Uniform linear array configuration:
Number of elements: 48
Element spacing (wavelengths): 0.25
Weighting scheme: exponential
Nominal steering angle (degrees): -30
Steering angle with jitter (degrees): -28.43
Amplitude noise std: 0.05
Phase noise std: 0.05

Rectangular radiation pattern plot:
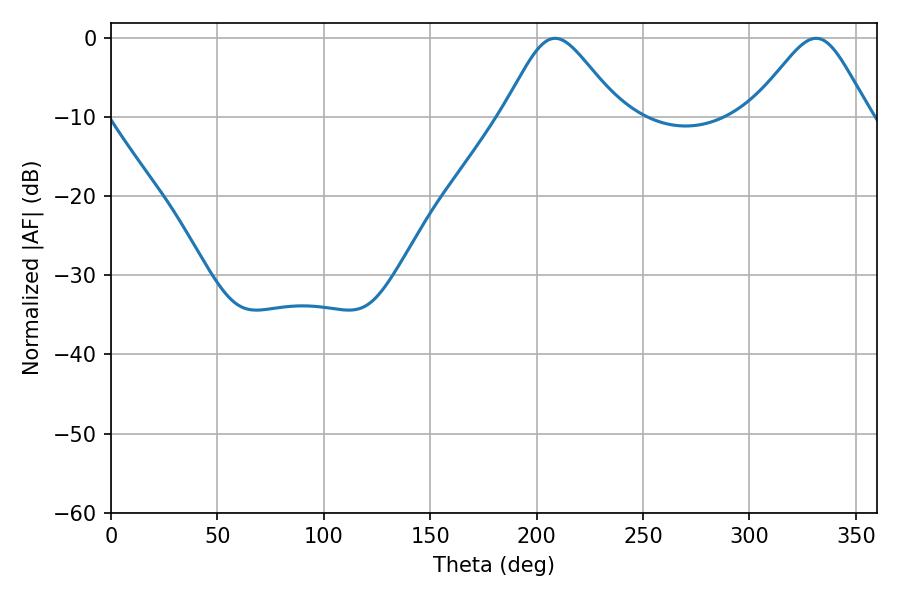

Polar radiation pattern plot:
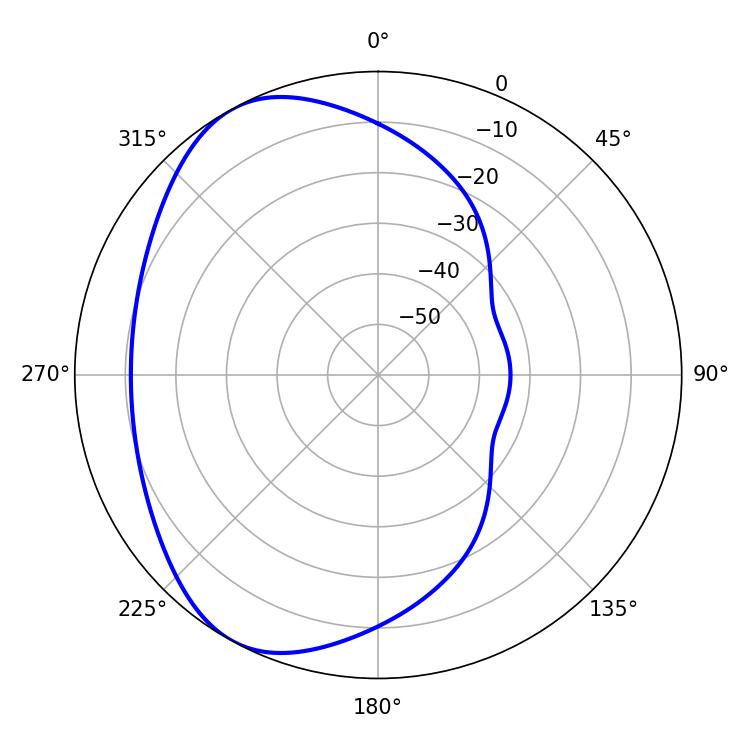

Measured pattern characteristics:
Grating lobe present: FALSE
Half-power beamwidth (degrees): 26.82
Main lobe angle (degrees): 208.62